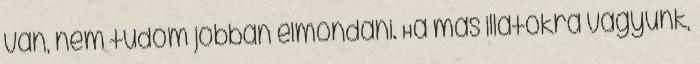
van, nem tudom jobban elmondani. Ha más illatokra vágyunk,